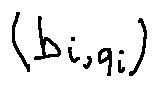
( b _ { i , q _ { i } } )